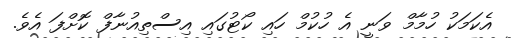
އެކަމަކު ހުމާމް ވަނީ އެ ހުކުމް ހައި ކޯޓުގައި އިސްތިއުނާފް ކޮށްފަ އެވެ.